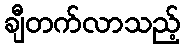
ချီတက်လာသည့်